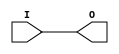
module IBUF_VPR (
	input I,
	output O
);
  parameter [0:0] LVCMOS12_LVCMOS15_LVCMOS18_IN = 1'b0;
  parameter [0:0] LVCMOS12_LVCMOS15_LVCMOS18_LVCMOS25_LVCMOS33_LVDS_25_LVTTL_SSTL135_SSTL15_TMDS_33_IN_ONLY = 1'b0;
  parameter [0:0] LVCMOS12_LVCMOS15_LVCMOS18_LVCMOS25_LVCMOS33_LVTTL_SLEW_FAST = 1'b0;
  parameter [0:0] LVCMOS12_LVCMOS15_LVCMOS18_SSTL135_SSTL15_STEPDOWN = 1'b0;
  parameter [0:0] LVCMOS25_LVCMOS33_LVTTL_IN = 1'b0;
  parameter [0:0] SSTL135_SSTL15_IN = 1'b0;
  parameter [0:0] IN_TERM_UNTUNED_SPLIT_40 = 1'b0;
  parameter [0:0] IN_TERM_UNTUNED_SPLIT_50 = 1'b0;
  parameter [0:0] IN_TERM_UNTUNED_SPLIT_60 = 1'b0;
  parameter [0:0] IBUF_LOW_PWR = 1'b0;
  parameter [0:0] PULLTYPE_PULLUP = 1'b0;
  parameter [0:0] PULLTYPE_PULLDOWN = 1'b0;
  parameter [0:0] PULLTYPE_NONE = 1'b0;
  parameter [0:0] PULLTYPE_KEEPER = 1'b0;
  parameter PULLTYPE = "";
  parameter IOSTANDARD = "";
  assign O = I;
endmodule